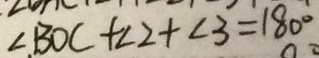
\angle B O C + \angle 2 + \angle 3 = 1 8 0 ^ { \circ }